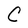
Character: C